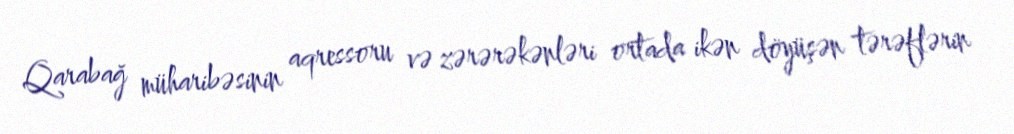
Qarabağ müharibəsinin aqressoru və zərərəkənləri ortada ikən döyüşən tərəflərin